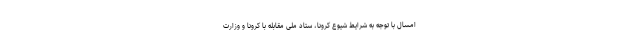
امسال با توجه به شرایط شیوع کرونا، ستاد ملی مقابله با کرونا و وزارت